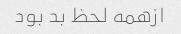
ازهمه لحظ بد بود